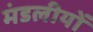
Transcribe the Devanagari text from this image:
मंडलीयों